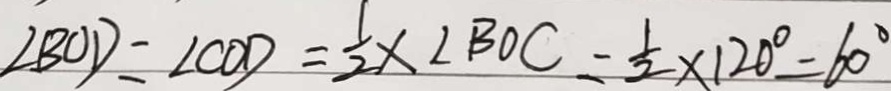
\angle B O D = \angle C O D = \frac { 1 } { 2 } \times \angle B O C = \frac { 1 } { 2 } \times 1 2 0 ^ { \circ } = 6 0 ^ { \circ }